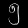
Digit: ၅